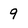
Character: 9